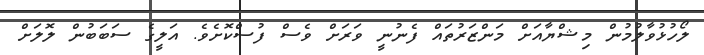
ލޯހުޅުވާލުމުން މިޝްޔާއަށް މަންޒަރުތައް ފެނުނީ ވަރަށް ވެސް ފުސްކޮށެވެ. އަލީގެ ސަބަބުން ލޮލަށް